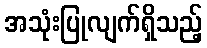
အသုံးပြုလျက်ရှိသည့်